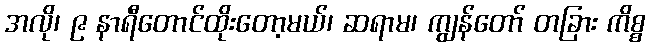
အလို၊ ၉ နာရီတောင်ထိုးတော့မယ်၊ ဆရာမ၊ ကျွန်တော် တခြား ကိစ္စ